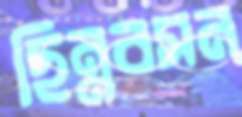
ছিন্নবসন